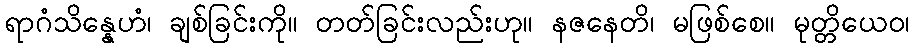
ရာဂံသိန္နေဟံ၊ ချစ်ခြင်းကို။ တတ်ခြင်းလည်းဟု။ နဇနေတိ၊ မဖြစ်စေ။ မုတ္တိယေဝ၊